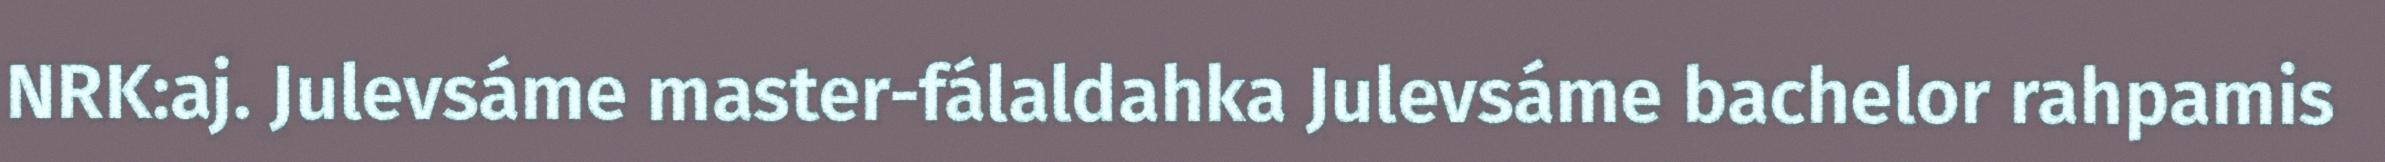
NRK:aj. Julevsáme master-fálaldahka Julevsáme bachelor rahpamis